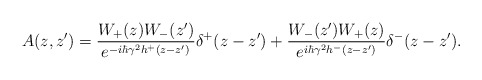
\begin{align*}A(z,z')=\frac{ W_+(z)W_-(z')}{e^{-i\hbar\gamma^2 h^+(z-z')}}\delta^+(z-z')+\frac{W_-(z') W_+(z)}{e^{i\hbar\gamma^2 h^-(z-z')}}\delta^-(z-z').\end{align*}